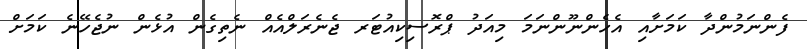
ފެންނަމުންދާ ކަމަށާއި އެހެންނޫންނަމަ މިއަދު ޕްރޮސިކިއުޓަރ ޖެނެރަލްއެއް ނެތިގެން އުޅެން ނުޖެހޭނެ ކަމަށް